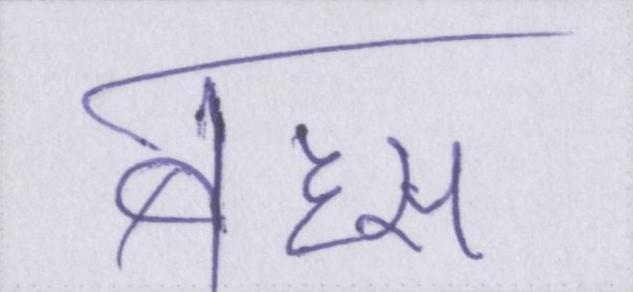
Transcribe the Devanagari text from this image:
बहस